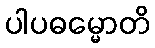
ပါပဓမ္မောတိ